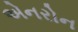
એનરોન